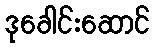
ဒုခေါင်းဆောင်